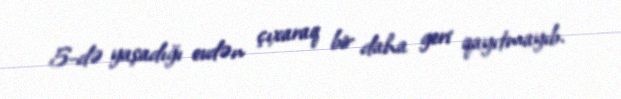
5-də yaşadığı evdən çıxaraq bir daha geri qayıtmayıb.